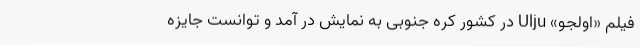
فیلم‌ «اولجو» Ulju در کشور کره جنوبی به نمایش در آمد و توانست جایزه